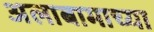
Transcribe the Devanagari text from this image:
अलाबामाच्या